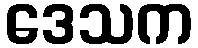
ဒေသက